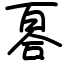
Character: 𠷡